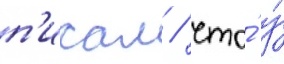
п'исал / что́ у́